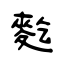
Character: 麧